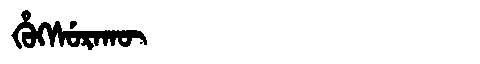
Manchu: ᡥᡠᡴᠰᡠᡵᠠᡴᡡ
Romanization: HUKSURAKŪ